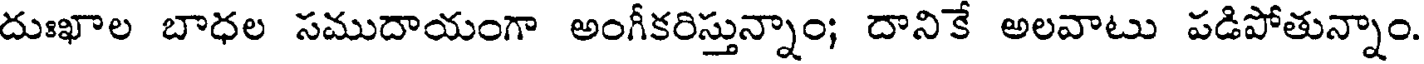
దుఃఖాల బాధల సముదాయంగా అంగీకరిస్తున్నాం; దానికే అలవాటు పడిపోతున్నాం.